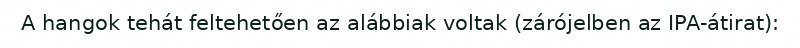
A hangok tehát feltehetően az alábbiak voltak (zárójelben az IPA-átirat):